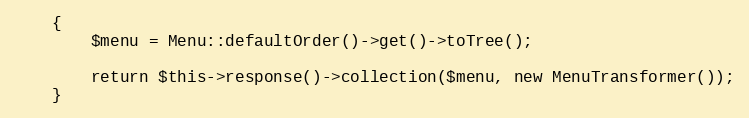
Language: PHP
    {
        $menu = Menu::defaultOrder()->get()->toTree();

        return $this->response()->collection($menu, new MenuTransformer());
    }